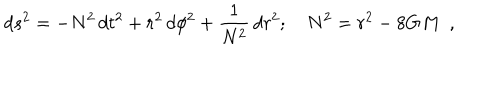
d s ^ { 2 } = - N ^ { 2 } \, d t ^ { 2 } + r ^ { 2 } \, d \phi ^ { 2 } + { \frac { 1 } { N ^ { 2 } } } \, d r ^ { 2 } ; ~ N ^ { 2 } = r ^ { 2 } - 8 G M \ \ ,